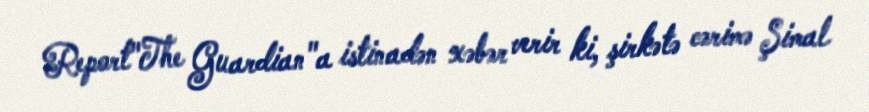
Report"The Guardian"a istinadən xəbər verir ki, şirkətə cərimə Şimal